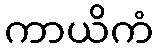
ကာယိကံ